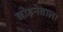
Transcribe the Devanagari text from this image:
छोड़नेवाला